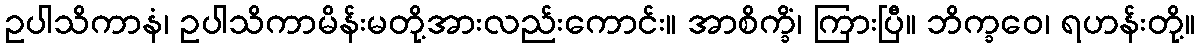
ဥပါသိကာနံ၊ ဥပါသိကာမိန်းမတို့အားလည်းကောင်း။ အာစိက္ခိံ၊ ကြားပြီ။ ဘိက္ခဝေ၊ ရဟန်းတို့။